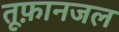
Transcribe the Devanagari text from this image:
तूफ़ानजल